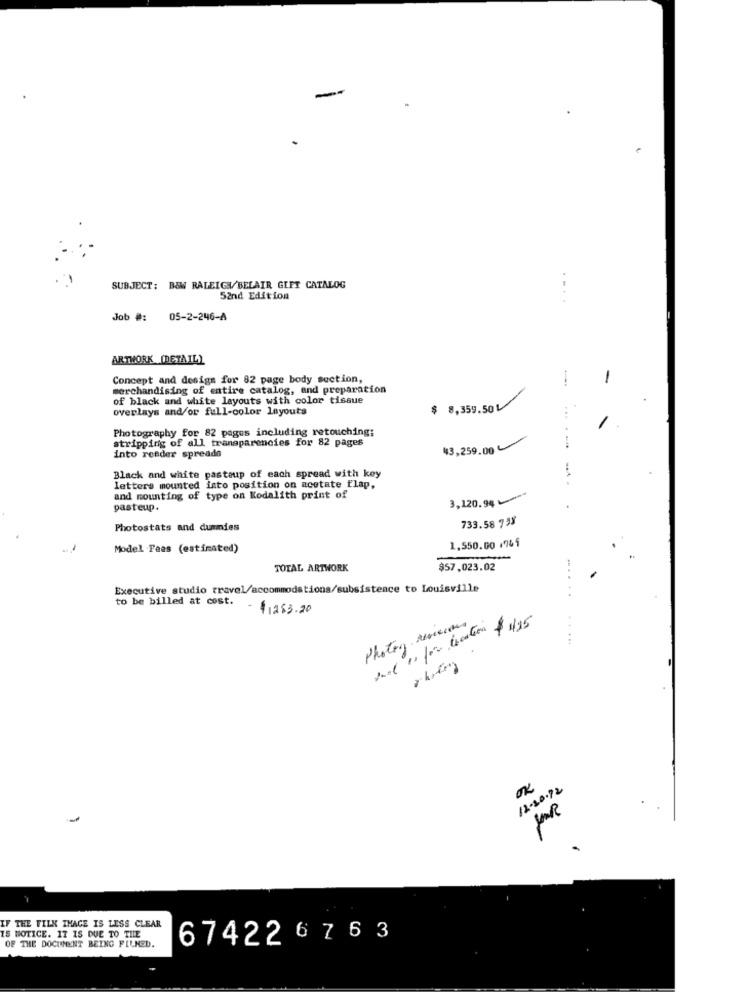
-
SUBJECT: B&W RALEIGH/BELAIR GLET CATALOG
52nd Edition
Job #:
05-2-246-A
ARTWORK [DETAIL)
Concept and design for 82 page body section,
-
merchandising of entire catalog, and preparation
of black and white layouts with color tissue
overlays and/or full-color layouts
$ 8,359.50L
...
Photography for 82 pages including retouching;
stripping of all transparencies for 82 pages
43,259.00
into reeder spreads
Black and white pasteup of each spread with key
--
letters mounted into position on acetate flap,
and mounting of type on Kodalith print of
3,120.94 -
pasteup.
733.58 7 5%
Photostats and dummies
1,550.00 %
Model Fees (estimated)
TOTAL ARTWORK
$57,023.02
Executive studio travel/accommodations/subsistence to Louisville
to be billed at cost.
- $ 1283.20
Photos Revenues
.....
12.20.92
-
IF THE TILK THAGE IS LESS CLEAR
IS NOTICE. IT IS DUE TO TILE
67422 6 7 6 3
OF THE DOCUMENT BEING FILMED.